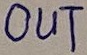
Text: OUT